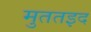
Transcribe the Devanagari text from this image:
मुततइद